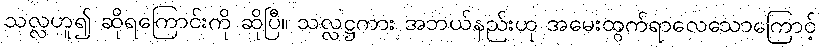
သလ္လဟူ၍ ဆိုရကြောင်းကို ဆိုပြီ။ သလ္လဋ္ဌကား အဘယ်နည်းဟု အမေးထွက်ရာလေသောကြောင့်